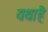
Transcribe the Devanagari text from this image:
यथाहै